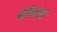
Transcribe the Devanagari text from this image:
मेदियेरो